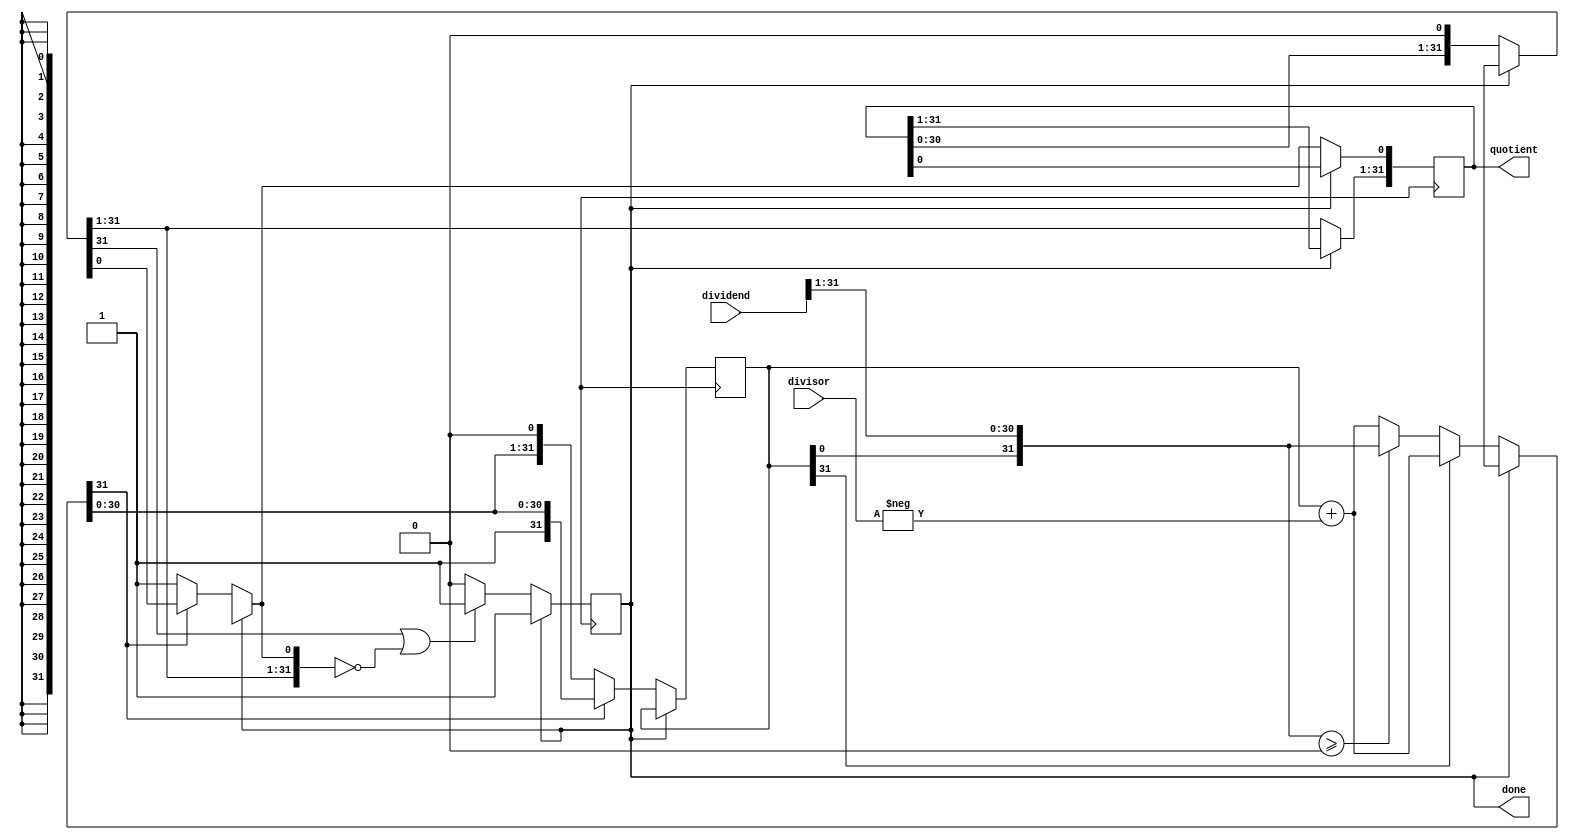
module nonRestoringDivider (
  input signed [31:0] dividend,
  input signed [31:0] divisor,
  output reg signed [31:0] quotient,
  output reg done
);

reg signed [31:0] quotientTemp;
reg signed [31:0] remainder;
reg signed [31:0] divisorNeg;
reg signed [31:0] temp;

assign divisorNeg = -divisor;
assign temp = 32'b0;

always @ (posedge clk) begin
  if (!done) begin
    if (remainder[31] == 0) begin
      temp = {remainder, dividend} >>> 1;
      if (temp >= 0) begin
        remainder = temp;
      end else begin
        // Restoring steps
        remainder = remainder + divisorNeg;
      end
      quotientTemp = quotientTemp << 1;
    end
    else begin
      remainder = remainder + divisorNeg;
      quotientTemp = quotientTemp << 1;
    end

    if (remainder[31] == 0) begin
      remainder = remainder << 1;
      quotientTemp[0] = 1;
    end

    if (quotientTemp[31] == 1 || quotientTemp == 0) begin
      done = 1;
    end
  end
end

assign quotient = quotientTemp;

endmodule